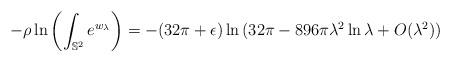
LaTeX: \begin{align*}-\rho\ln{\left(\int_{\mathbb{S}^2}e^{w_{\lambda}}\right)}=-(32\pi+\epsilon)\ln{(32\pi-896\pi\lambda^2\ln{\lambda}+O(\lambda^2))}\end{align*}